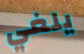
يلغي